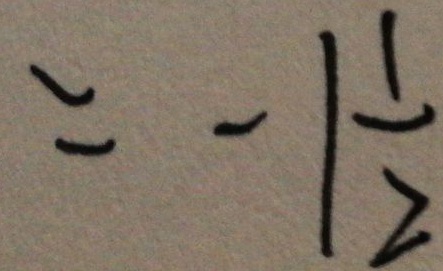
= - 1 \frac { 1 } { 2 }